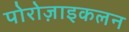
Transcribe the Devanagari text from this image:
पोरोज़ाइकलन